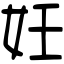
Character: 妊